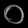
Digit: ၀